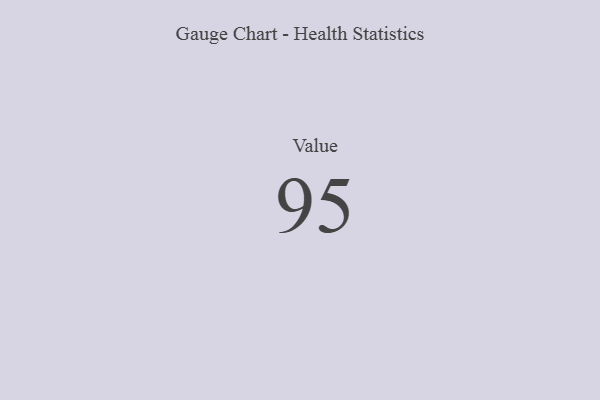
{"axis": {"x": "Metric", "y": "Value"}, "legend": [""], "data": [{"x": "Value", "y": 95, "type": ""}]}